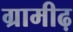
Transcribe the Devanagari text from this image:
ग्रामीढ़